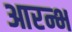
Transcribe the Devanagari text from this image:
आरन्भ